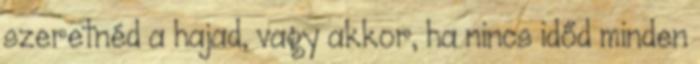
szeretnéd a hajad, vagy akkor, ha nincs időd minden